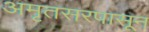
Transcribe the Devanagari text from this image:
अमृतसरपासून